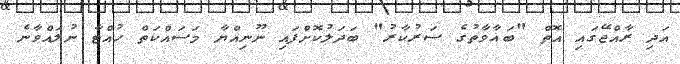
އަދި ރާއްޖޭގައި އޮތް "ބަޣާވާތުގެ ސަރުކާރު" ބަދަލުކޮށްފައި ނޫނިއްޔާ މަސައްކަތް ހުއްޓާ ނުލައްވާނެ